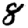
Digit: 8